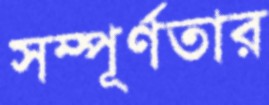
সম্পূর্ণতার